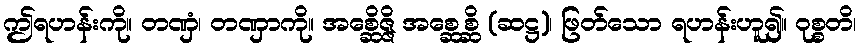
ဤရဟန်းကို။ တဏှံ၊ တဏှာကို။ အစ္ဆေိဇ္ဇိ အစ္ဆေစ္ဆိ (ဆဋ္ဌ)၊ ဖြတ်သော ရဟန်းဟူ၍။ ဝုစ္စတိ၊